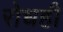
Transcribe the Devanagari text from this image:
रोधही